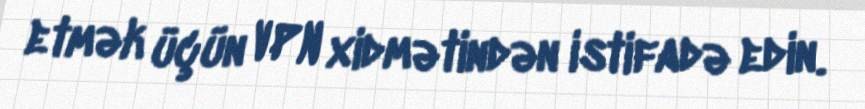
etmək üçün VPN xidmətindən istifadə edin.